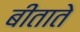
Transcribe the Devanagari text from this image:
बीताते